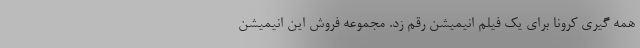
همه گیری کرونا برای یک فیلم انیمیشن رقم زد. مجموعه فروش این انیمیشن